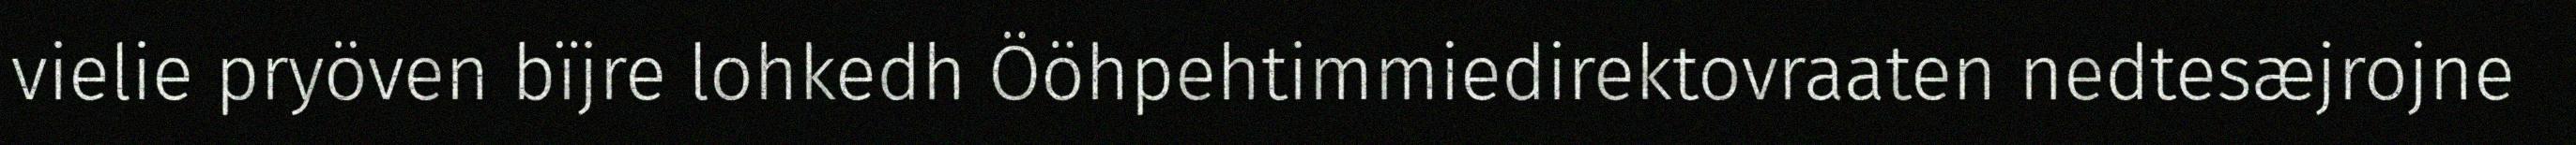
vielie pryöven bïjre lohkedh Ööhpehtimmiedirektovraaten nedtesæjrojne